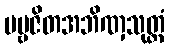
ပဗ္ဗဇိတအဘိဏှသုတ္တံ